Report of the Indian Hemp Drugs Commission, 1894-1895 - Volume V
Year: 1894
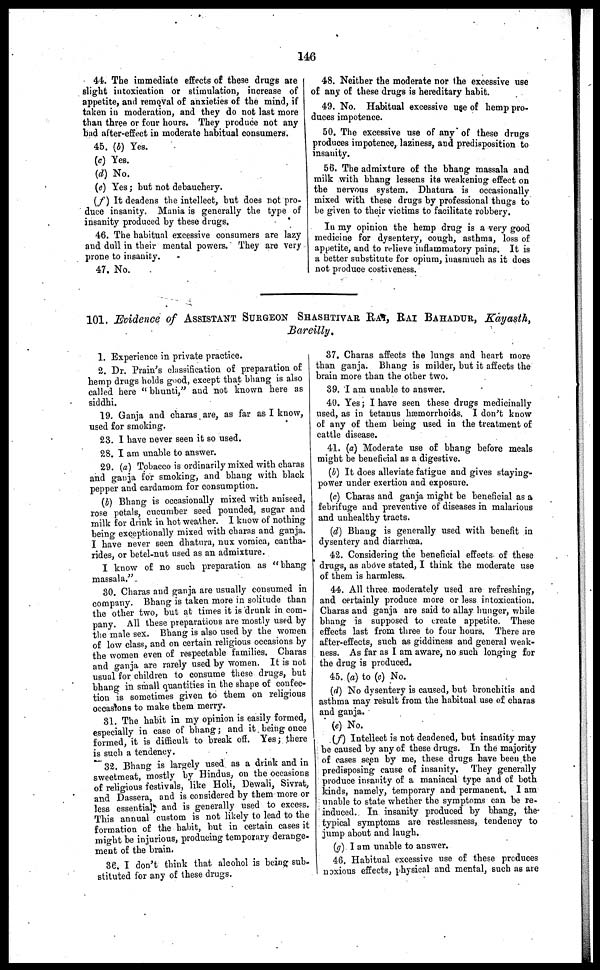
146
44. The immediate effects of these drugs are
slight intoxication or stimulation, increase of
appetite, and removal of anxieties of the mind, if
taken in moderation, and they do not last more
than three or four hours. They produce not any
bad after-effect in moderate habitual consumers.
45. (b) Yes.
(c) Yes.
(d) No.
(e) Yes; but not debauchery.
(f) It deadens the intellect, but does not pro-
duce insanity. Mania is generally the type of
insanity produced by these drugs.
46. The habitual excessive consumers are lazy
and dull in their mental powers. They are very
prone to insanity.
47. No.
48. Neither the moderate nor the excessive use
of any of these drugs is hereditary habit.
49. No. Habitual excessive use of hemp pro-
duces impotence.
50. The excessive use of any of these drugs
produces impotence, laziness, and predisposition to
insanity.
56. The admixture of the bhang massala and
milk with bhang lessens its weakening effect on
the nervous system. Dhatura is occasionally
mixed with these drugs by professional thugs to
be given to their victims to facilitate robbery.
In my opinion the hemp drug is a very good
medicine for dysentery, cough, asthma, loss of
appetite, and to relieve inflammatory pains. It is
a better substitute for opium, inasmuch as it does
not produce costiveness.
101. Evidence of ASSISTANT SURGEON SHASHTIVAR RAI, RAI BAHADUR, Kayasth,
Bareilly.
1. Experience in private practice.
2. Dr. Prain's classification of preparation of
hemp drugs holds good, except that bhang is also
called here "bhunti," and not known here as
siddhi.
19. Ganja and charas are, as far as I know,
used for smoking.
23. I have never seen it so used.
28. I am unable to answer.
29. (a) Tobacco is ordinarily mixed with charas
and ganja for smoking, and bhang with black
pepper and cardamom for consumption.
(b) Bhang is occasionally mixed with aniseed,
rose petals, cucumber seed pounded, sugar and
milk for drink in hot weather. I know of nothing
being exceptionally mixed with charas and ganja.
I have never seen dhatura, nux vomica, cantha-
rides, or betel-nut used as an admixture.
I know of no such preparation as "bhang
massala."
30. Charas and ganja are usually consumed in
company. Bhang is taken more in solitude than
the other two, but at times it is drunk in com-
pany. All these preparations are mostly used by
the male sex. Bhang is also used by the women
of low class, and on certain religious occasions by
the women even of respectable families. Charas
and ganja are rarely used by women. It is not
usual for children to consume these drugs, but
bhang in small quantities in the shape of confec-
tion is sometimes given to them on religious
occasions to make them merry.
31. The habit in my opinion is easily formed,
especially in case of bhang; and it being once
formed, it is difficult to break off. Yes; there
is such a tendency.
32. Bhang is largely used as a drink and in
sweetmeat, mostly by Hindus, on the occasions
of religious festivals, like Holi, Dewali, Sivrat,
and Dassera, and is considered by them more or
less essential, and is generally used to excess.
This annual custom is not likely to lead to the
formation of the habit, but in certain cases it
might be injurious, producing temporary derange-
ment of the brain.
36. I don't think that alcohol is being sub-
stituted for any of these drugs.
37. Charas affects the lungs and heart more
than ganja. Bhang is milder, but it affects the
brain more than the other two.
39. I am unable to answer.
40. Yes; I have seen these drugs medicinally
used, as in tetanus hæmorrhoids. I don't know
of any of them being used in the treatment of
cattle disease.
41. (a) Moderate use of bhang before meals
might be beneficial as a digestive.
(b) It does alleviate fatigue and gives staying-
power under exertion and exposure.
(c) Charas and ganja might be beneficial as a
febrifuge and preventive of diseases in malarious
and unhealthy tracts.
(d) Bhang is generally used with benefit in
dysentery and diarrhœa.
42. Considering the beneficial effects of these
drugs, as above stated, I think the moderate use
of them is harmless.
44. All three moderately used are refreshing,
and certainly produce more or less intoxication.
Charas and ganja are said to allay hunger, while
bhang is supposed to create appetite. These
effects last from three to four hours. There are
after-effects, such as giddiness and general weak-
ness. As far as I am aware, no such longing for
the drug is produced.
45. (a) to (c) No.
(d) No dysentery is caused, but bronchitis and
asthma may result from the habitual use of charas
and ganja.
(e) No.
(f) Intellect is not deadened, but insanity may
be caused by any of these drugs. In the majority
of cases seen by me, these drugs have been the
predisposing cause of insanity. They generally
produce insanity of a maniacal type and of both
kinds, namely, temporary and permanent. I am
unable to state whether the symptoms can be re-
induced. In insanity produced by bhang, the
typical symptoms are restlessness, tendency to
jump about and laugh.
(g) I am unable to answer.
46. Habitual excessive use of these produces
noxious effects, physical and mental, such as are